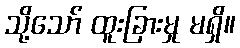
သို့သော် ထူးခြားမှု မရှိ။